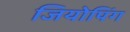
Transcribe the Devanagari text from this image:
जियोपिंग